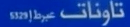
الدائنات(329)